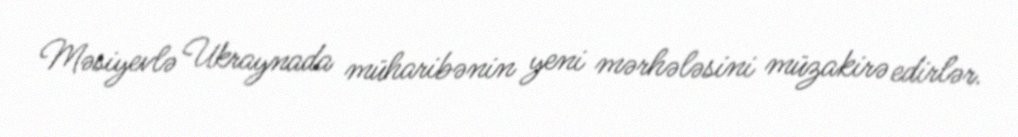
Məsiyevlə Ukraynada müharibənin yeni mərhələsini müzakirə edirlər.